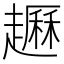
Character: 𧽺